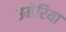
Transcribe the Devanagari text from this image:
उमेरिया